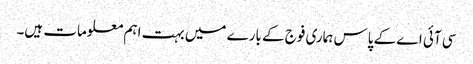
سی آئی اے کے پاس ہماری فوج کے بارے میں بہت اہم معلومات ہیں۔